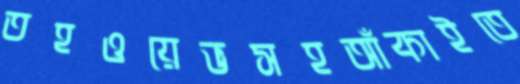
তহওয়েভসহআঁকাইতে